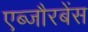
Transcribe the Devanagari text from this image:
एब्जौरबेंस